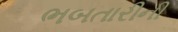
ભબતારીની